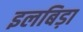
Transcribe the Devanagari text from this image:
इलबिड़ा